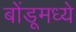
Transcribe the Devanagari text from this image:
बोंडूमध्ये